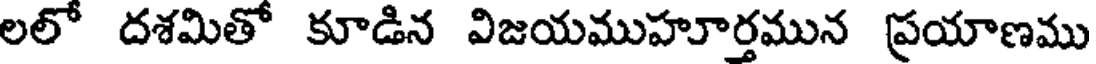
లలో దశమితో కూడిన విజయముహూర్తమున ప్రయాణము